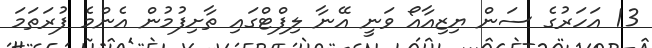
13 އަހަރުގެ ސަން ޔިޒިއާއޯ ވަނީ އޭނާ ލިފްޓްގައި ތާށިފުމުން އެންމެ ފުރަތަމަ